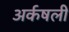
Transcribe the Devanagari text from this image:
अर्कषली